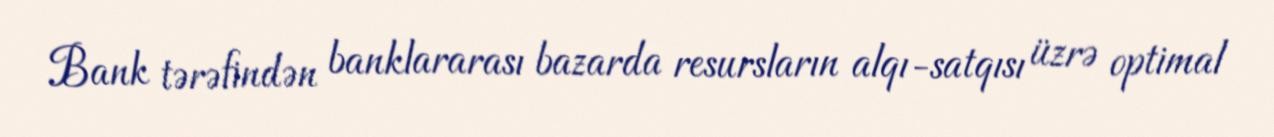
Bank tərəfindən banklararası bazarda resursların alqı-satqısı üzrə optimal